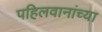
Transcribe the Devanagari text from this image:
पहिलवानांच्या